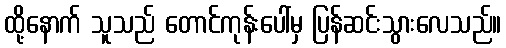
ထို့နောက် သူသည် တောင်ကုန်းပေါ်မှ ပြန်ဆင်းသွားလေသည်။